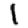
Digit: 1